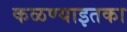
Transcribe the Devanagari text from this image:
कळण्याइतका